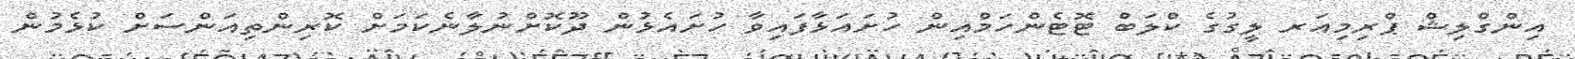
އިންގްލިޝް ޕްރިމިއަރ ލީގުގެ ކްލަބް ޓޮޓެންހަމްއިން ހުށައަޅާފައިވާ ހުށައެޅުން ދޫކޮށްނުލާނެކަމަށް ކޮރިންތިއަންސަށް ކުޅެމުން